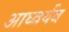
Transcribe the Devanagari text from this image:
आघ्वर्यव